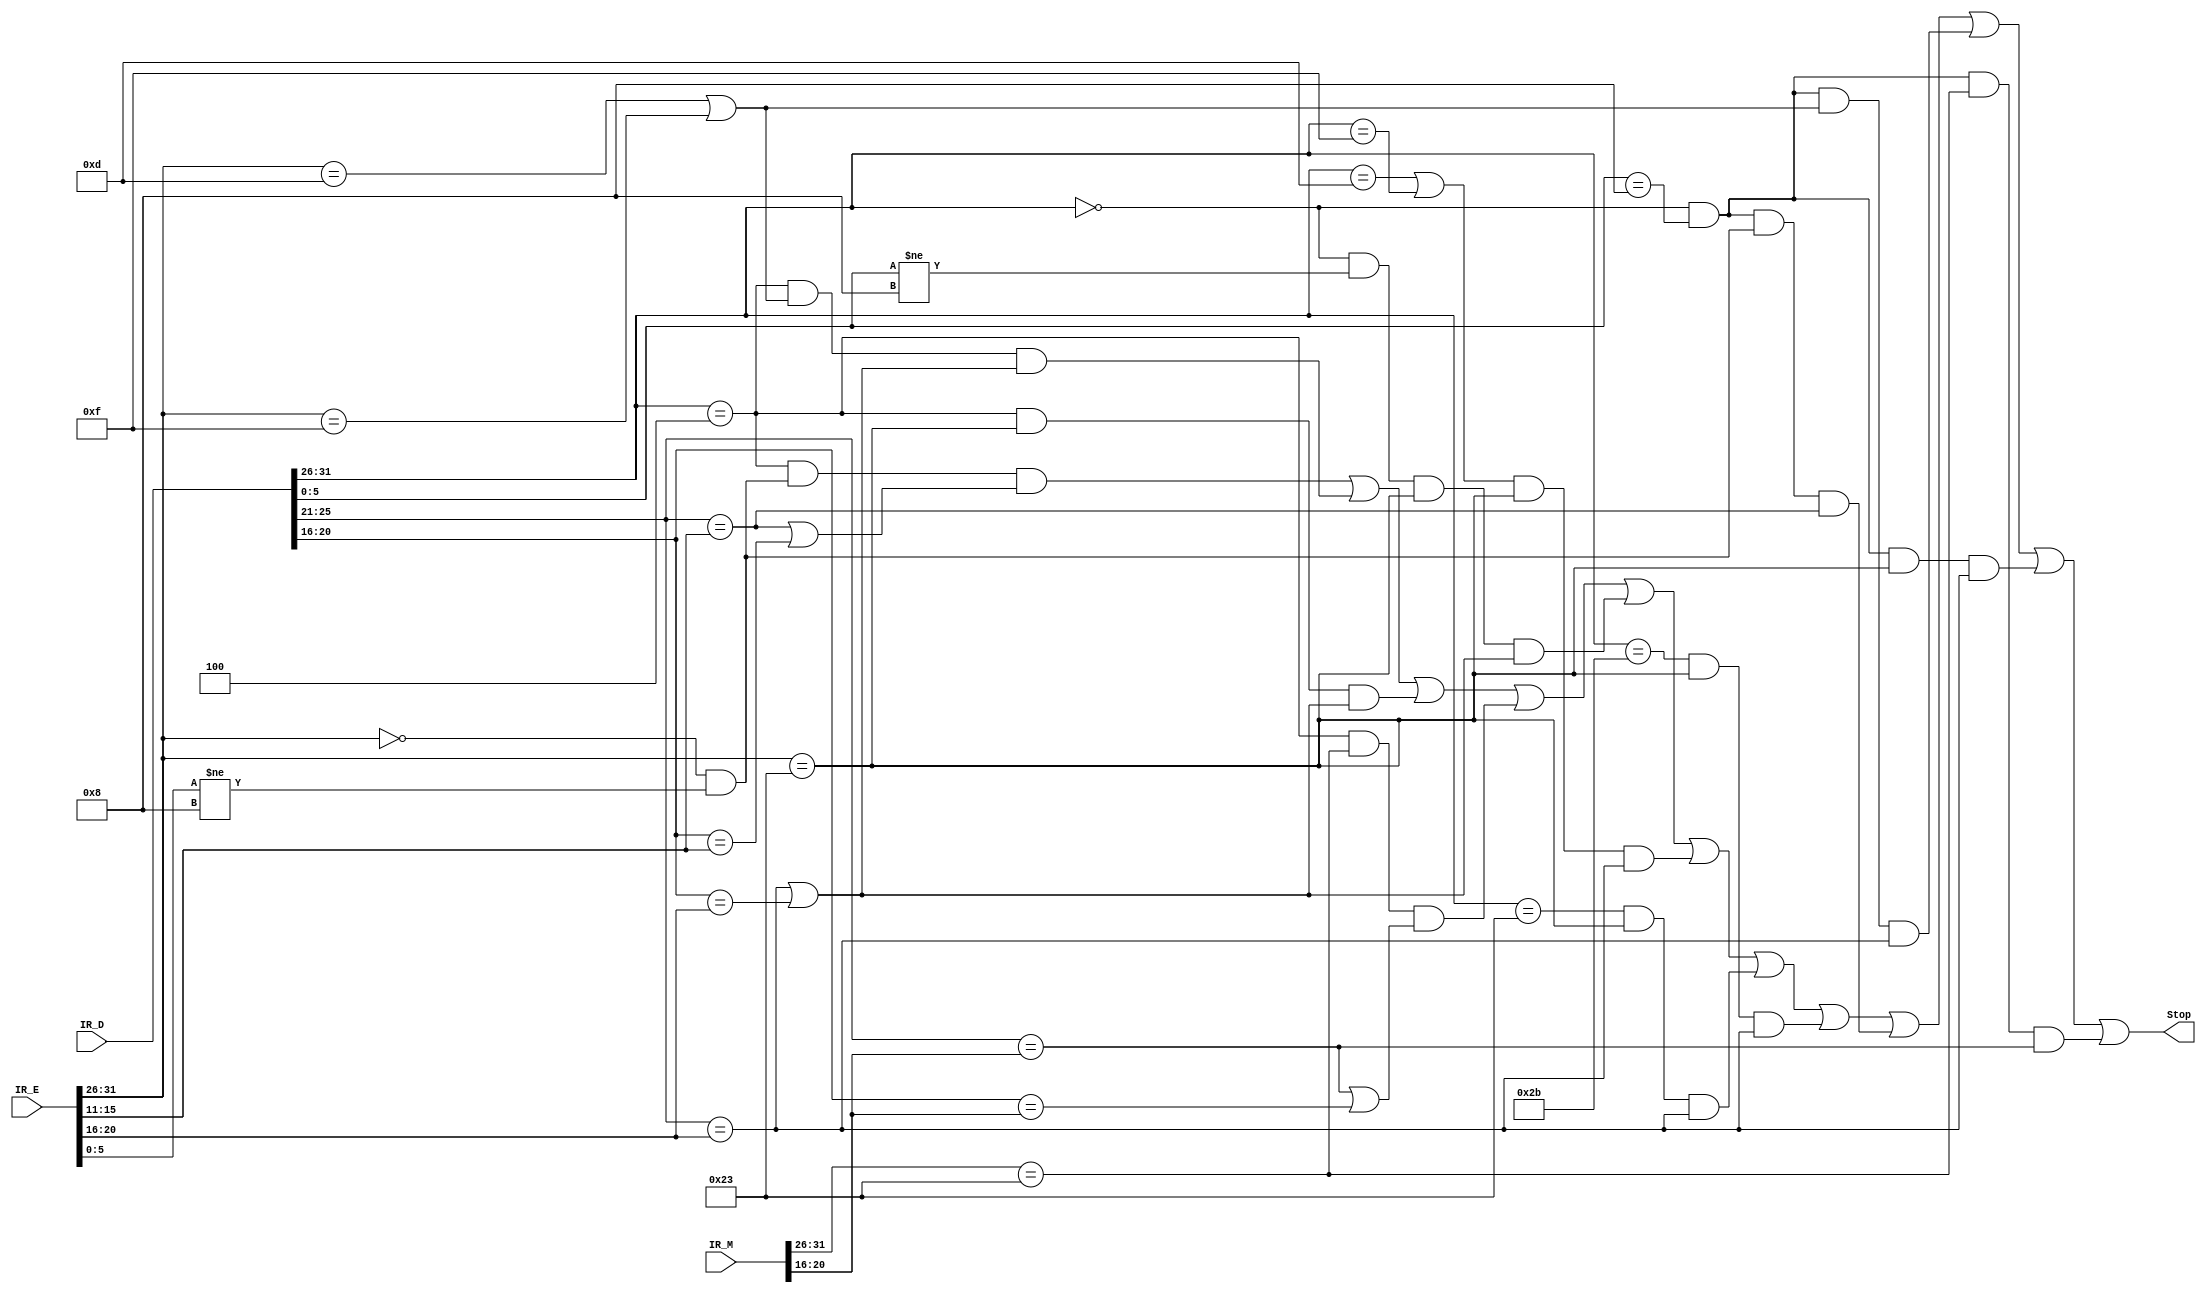
`timescale 1ns / 1ps
//////////////////////////////////////////////////////////////////////////////////
// Company: 
// Engineer: 
// 
// Design Name: 
// Module Name:    Stop 
// Project Name: 
// Target Devices: 
// Tool versions: 
// Description: 
//
// Dependencies: 
//
// Revision: 
// Revision 0.01 - File Created
// Additional Comments: 
//
//////////////////////////////////////////////////////////////////////////////////
`define opcode 31:26
`define func 5:0
`define rs 25:21
`define rt 20:16
`define rd 15:11
module Stop(
    input [31:0] IR_D,
    input [31:0] IR_E,
    input [31:0] IR_M,
    output Stop
    );

	parameter R		  = 6'b000000,
				 addu_f = 6'b100001,
				 subu_f = 6'b100011,
				 jr_f   = 6'b001000,
				 ori    = 6'b001101,
				 lw     = 6'b100011,
				 sw     = 6'b101011,
				 beq    = 6'b000100,
				 lui    = 6'b001111,
				 j		  = 6'b000010,
				 jal    = 6'b000011;
				 
	wire b_D, jr_D, cal_r_D, cal_i_D, load_D, store_D;
	wire cal_r_E, cal_i_E, load_E, store_E;
	wire load_M;
	
	wire [4:0] RS_D,RT_D;
	wire [4:0] RS_E,RT_E,RD_E;
	wire [4:0] RS_M,RT_M,RD_M;
	
	wire stall_b_r, stall_b_i, stall_b_load, stall_b_loadM;
	wire stall_cal_r_load;
	wire stall_cal_i_load;
	wire stall_load_load;
	wire stall_store_load;
	wire stall_jr_r, stall_jr_i, stall_jr_load, stall_jr_loadM;
	
	assign {RS_D, RT_D} 		  = {IR_D[`rs], IR_D[`rt]};
	assign {RS_E, RT_E, RD_E} = {IR_E[`rs], IR_E[`rt], IR_E[`rd]};
	assign {RS_M, RT_M, RD_M} = {IR_M[`rs], IR_M[`rt], IR_M[`rd]};
	
	assign b_D 		= (IR_D[`opcode] == beq);
	assign jr_D 	= (IR_D[`opcode] == R)   & (IR_D[`func] 	== jr_f);
	assign cal_r_D = (IR_D[`opcode] == R) 	 & (IR_D[`func] 	!= jr_f);
	assign cal_i_D = (IR_D[`opcode] == ori) | (IR_D[`opcode] == lui);
	assign load_D	= (IR_D[`opcode] == lw);
	assign store_D = (IR_D[`opcode] == sw);
	
	assign cal_r_E = (IR_E[`opcode] == R) 	 & (IR_E[`func] 	!= jr_f);
	assign cal_i_E = (IR_E[`opcode] == ori) | (IR_E[`opcode] == lui);
	assign load_E	= (IR_E[`opcode] == lw);
	assign store_E = (IR_E[`opcode] == sw);
	
	assign load_M	= (IR_M[`opcode] == lw);
	
	assign stall_b_r			= b_D 	 & cal_r_E & ( (RS_D == RD_E) | (RT_D == RD_E) );
	assign stall_b_i 			= b_D 	 & cal_i_E & ( (RS_D == RT_E) | (RT_D == RT_E) );
	assign stall_b_load 		= b_D     & load_E  & ( (RS_D == RT_E) | (RT_D == RT_E) );
	assign stall_b_loadM 	= b_D 	 & load_M  & ( (RS_D == RT_M) | (RT_D == RT_M) );
	
	assign stall_cal_r_load = cal_r_D & load_E  & ( (RS_D == RT_E) | (RT_D == RT_E) );
	
	assign stall_cal_i_load = cal_i_D & load_E  &   (RS_D == RT_E);
	
	assign stall_load_load 	= load_D  & load_E  &   (RS_D == RT_E);
	
	assign stall_store_load = store_D & load_E  &   (RS_D == RT_E);

	assign stall_jr_r			= jr_D	 & cal_r_E &   (RS_D == RD_E);
	assign stall_jr_i			= jr_D	 & cal_i_E &   (RS_D == RT_E);
	assign stall_jr_load		= jr_D	 & load_E  &   (RS_D == RT_E);
	assign stall_jr_loadM	= jr_D	 & load_M  &   (RS_D == RT_M);

	assign Stop = stall_b_r | stall_b_i | stall_b_load | stall_b_loadM |
					  stall_cal_r_load | stall_cal_i_load |
					  stall_load_load | stall_store_load |
					  stall_jr_r | stall_jr_i | stall_jr_load | stall_jr_loadM;
	
endmodule